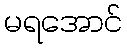
မရအောင်